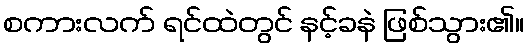
စကားလက် ရင်ထဲတွင် နင့်ခနဲ ဖြစ်သွား၏။